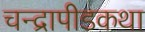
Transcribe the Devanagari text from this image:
चन्द्रापीडकथा